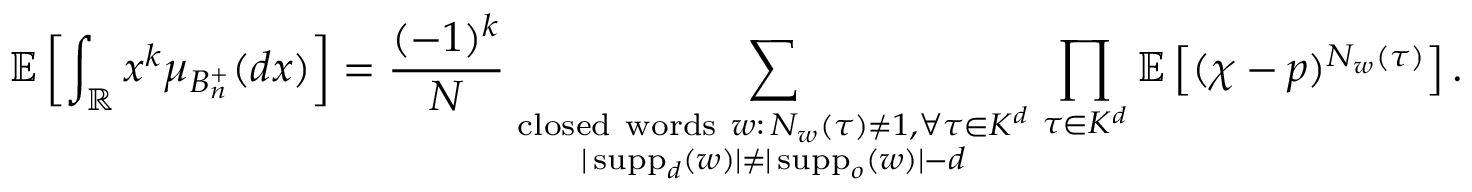
\mathbb { E } \left[ \int _ { \mathbb { R } } x ^ { k } \mu _ { B _ { n } ^ { + } } ( d x ) \right] = \frac { ( - 1 ) ^ { k } } { N } \sum _ { \substack { \mathrm { c l o s e d ~ w o r d s ~ } w : \, N _ { w } ( \tau ) \neq 1 , \forall \tau \in K ^ { d } \atop | \operatorname { s u p p } _ { d } ( w ) | \neq | \operatorname { s u p p } _ { o } ( w ) | - d } } \prod _ { \tau \in K ^ { d } } \mathbb { E } \left[ ( \chi - p ) ^ { N _ { w } ( \tau ) } \right] .